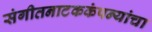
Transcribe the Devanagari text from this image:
संगीतनाटककंपन्यांचा